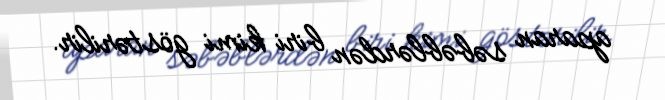
aparan səbəblərdən biri kimi göstərilir.